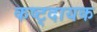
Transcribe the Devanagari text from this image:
कष्ट्दायक